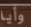
وأيا